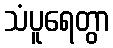
သံပူရေတွာ